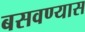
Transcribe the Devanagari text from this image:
बसवण्‍यास